Report on vaccination in Madras 1895-1903 - 1895-1903
Year: 1895
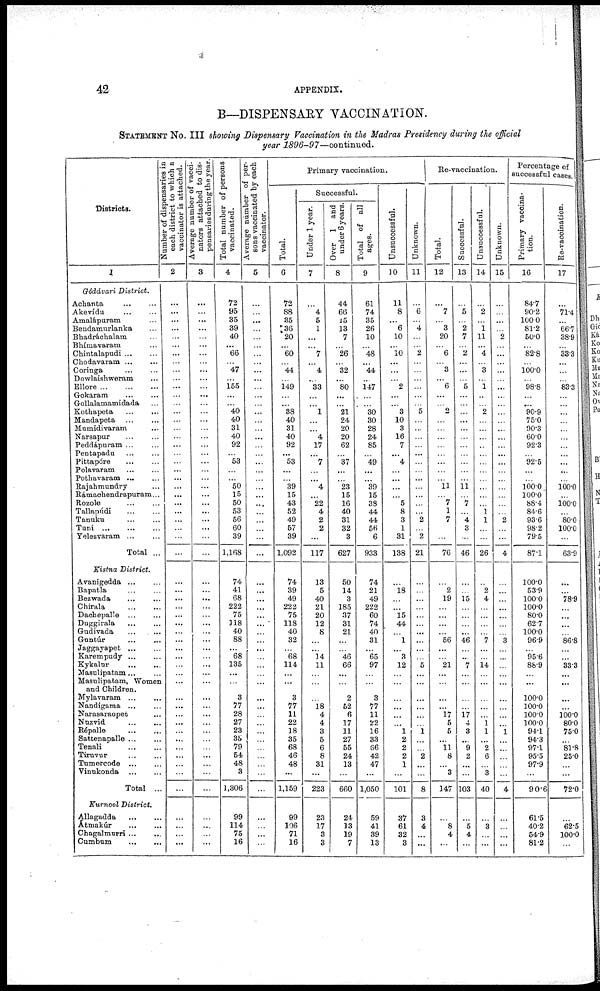
42
APPENDIX.
B—DISPENSARY VACCINATION.
STATEMENT No. III showing Dispensary Vaccination in the Madras Presidency during the official
year 1896-97—continued.
Districts.
1
Gódávari District.
Achanta ... ...
Akevídu ... ...
Amalàpuram ...
Bendamurlanka ...
Bhadráchalam ...
Bhímavaram ...
Chintalapudi ... ...
Chodavaram ... ...
Goringa ... ...
Dowlaishweram ...
Ellore
...
...
...
Gokaram
...
...
Gollalamamidada ...
Kothapeta
...
...
Mandapeta ... ...
Mumidivaram ...
Narsapur ... ...
Peddápuram ... ...
Pentapadu
...
...
Pittapóre
...
...
Polavaram
...
...
Pothavaram
...
...
Rajahmundry ...
Rámachendrapuram...
Rozole
...
...
Tallapúdi
...
...
Tanuku
...
...
Tuni
...
...
...
Yelesvaram ... ...
Total ...
Kistna District.
Avanigedda
...
...
Bapatla ... ...
Bezwada
...
...
Chirala
...
...
Dachepalle
...
...
Duggirala ... ...
Gudivada
...
...
Guntúr
...
...
Jaggayapet ... ...
Karempudy ... ...
Kykalur
...
...
Masulipatam... ...
Masulipatam, Women
and Children.
Mylavaram ... ...
Nandigama ... ...
Narasaraopet ... ...
Nuzvid
...
...
Répalle ... ...
Sattenapalle ... ...
Tenali
...
...
Tiruvur ... ...
Tumercode
...
...
Vinnkonda
...
...
Total ...
Kurnool District.
Allagadda
...
...
Atmakúr
...
...
Chagalmurri ... ...
Cumbum
...
...
Number of dispensaries in
each district to which a
vaccinator is attached.
2
...
...
...
...
...
...
...
...
...
...
...
...
...
...
...
...
...
...
...
...
...
...
...
...
...
...
...
...
...
...
...
...
...
...
...
...
...
...
...
...
...
...
...
...
...
...
...
...
...
...
...
...
...
...
...
...
...
...
Average number of vacci¬
nators attached to dis¬
pensaries during the year.
3
...
...
...
...
...
...
...
...
...
...
...
...
...
...
...
...
...
...
...
...
...
...
...
...
...
...
...
...
...
...
...
...
...
...
...
...
...
...
...
...
...
...
...
...
...
...
...
...
...
...
...
...
...
...
...
...
...
...
Total number of persons
vaccinated.
4
72
95
35
39
40
...
66
...
47
...
155
...
...
40
40
31
40
92
...
53
...
...
50
15
50
53
56
60
39
1,168
74
41
68
222
75
118
40
88
...
68
135
...
...
3
77
28
27
23
35
79
54
48
3
1,306
99
114
75
16
Average number of per-
sons vaccinated by each
vaccinator.
5
...
...
...
...
...
...
...
...
...
...
...
...
...
...
...
...
...
...
...
...
...
...
...
...
...
...
...
...
...
...
...
...
...
...
...
...
...
...
...
...
...
...
...
...
...
...
...
...
...
...
...
...
...
...
...
Primary vaccination.
Total.
6
72
88
35
36
20
...
60
...
44
...
149
...
...
38
40
31
40
92
...
53
...
...
39
15
43
52
49
57
39
1,092
74
39
49
222
75
118
40
32
...
68
114
...
...
3
77
11
22
18
35
68
46
48
...
1,159
99
106
71
16
Successful.
Under 1 year.
7
...
4
5
1
...
...
7
... 4
...
33
...
...
1
...
... 4
17
...
7
...
...
4
...
22
4
2
2
...
117
13
5
40
21
20
12
8
...
...
14
11
...
...
...
18
4
4
3
5
6
8
31
...
223
23
17
3
3
Over 1 and
under 6 years.
8
44
66
15
13
7
...
26
...
32
...
80
...
...
21
24
20
20
62
...
37
...
...
23
15
16
40
31
32
3
627
50
14
3
185
37
31
21
...
...
46
66
...
...
2
52
6
17
11
27
55
24
13
...
660
24
13
19
7
Total of all
ages.
9
61
74
35
26
10
...
48
...
44
...
147
...
...
30
30
28
24
85
...
49
...
...
39
15
33
44
44
56
6
933
74
21
49
222
60
74
40
31
...
65
97
...
...
3
77
11
22
16
33
66
42
47
...
1,050
59
41
39
13
Unsuccessful.
10
11
8
...
6
10
...
10
...
...
...
2
...
...
3
10
3
16
7
...
4
...
...
...
...
5
8
3
1
31
138
...
18
...
...
15
44
...
1
...
3
12
...
...
...
...
...
...
1
2
2
2
1
...
101
37
61
32
3
Unknown.
11
...
6
...
4
...
...
2
...
...
...
...
...
...
5
...
...
...
...
...
...
...
...
...
...
...
...
2
...
2
21
...
...
...
...
...
...
...
...
...
...
5
...
...
...
...
...
...
1
...
...
2
...
...
8
3
4
...
...
Re-vaccination.
Total.
12
...
7
...
3
20
...
6
...
3
... 6
...
...
2
...
...
...
...
...
...
...
...
11
...
7
1
7
...
76
...
2
19
...
...
...
...
56
...
...
21
...
...
...
...
17
5
5
...
11
8
...
3
147
...
8
4
...
Successful.
13
...
5
...
2
7
...
2
...
...
...
5
...
...
...
...
...
...
...
...
...
...
...
11
...
7
...
4
3
...
46
...
...
15
...
...
...
...
46
...
...
7
...
...
...
...
17
4
3
...
9
2
...
...
103
...
5
4
...
Unsuccessful.
14
...
2
...
1
11
...
4
...
3
...
1
...
...
2
...
...
...
...
...
...
...
...
...
...
...
1
1
...
...
26
...
2
4
...
...
...
...
7
...
...
14
...
...
...
...
...
1 1
...
2
6
...
3
40
...
3
...
...
Unknown.
15
...
...
...
...
2
...
...
...
...
...
...
...
...
...
...
...
...
...
...
...
...
...
...
...
...
...
2
...
...
4
...
...
...
...
...
...
...
3
...
...
...
...
...
...
...
...
...
1
...
...
...
...
...
4
...
...
...
...
Percentage of
successful cases.
Primary vaccina-
tion.
16
84.7
90.2
100.0
81.2
50.0
...
82.8
...
100.0
...
98.8
...
...
90.9
75.0
90.3
60.0
92.3
...
92.5
...
...
100.0
100.0
88.4
84.6
93.6
98.2
79.5
87.1
100.0
53.9
100.0
100.0
80.0
62.7
100.0
96.9
...
95.6
88.9
...
...
100.0
100.0
100.0
100.0
94.1
94.3
97.1
95.5
97.9
...
90.6
61.5
40.2
54.9
81.2
Re-vaccination.
17
...
71.4
...
66.7
38.9
...
33.3
...
...
...
83.3
...
...
...
...
...
...
...
...
...
...
...
100.0
...
100.0
...
80.0
100.0
...
63.9
...
...
78.9
...
...
...
...
86.8
...
...
33.3
...
...
...
...
100.0
80.0
75.0
...
81.8
25.0
...
...
72.0
...
62.5
100.0
...